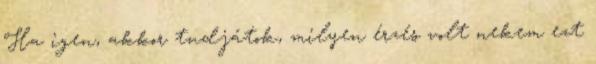
Ha igen, akkor tudjátok, milyen érzés volt nekem ezt